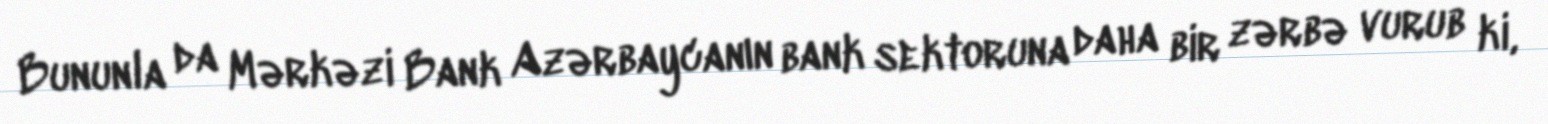
Bununla da Mərkəzi Bank Azərbaycanın bank sektoruna daha bir zərbə vurub ki,